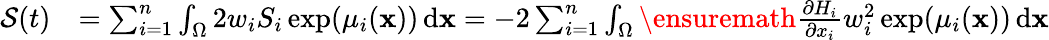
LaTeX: \begin{array}{rl}{\mathcal{S}(t)}&{=\sum_{i=1}^{n}\int_{\Omega}2w_{i}S_{i}\exp(\mu_{i}(\mathbf{x}))\, \textup{d}\mathbf{x}=-2\sum_{i=1}^{n}\int_{\Omega}\ensuremath{\frac{\partial H_{i}}{\partial x_{i}}}w_{i}^{2}\exp(\mu_{i}(\mathbf{x}))\, \textup{d}\mathbf{x}}\end{array}